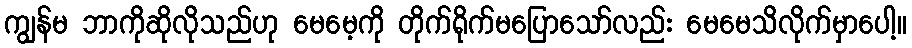
ကျွန်မ ဘာကိုဆိုလိုသည်ဟု မေမေ့ကို တိုက်ရိုက်မပြောသော်လည်း မေမေသိလိုက်မှာပေါ့။